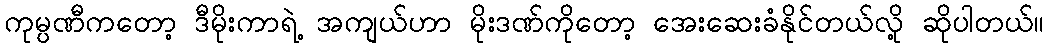
ကုမ္ပဏီကတော့ ဒီမိုးကာရဲ့ အကျယ်ဟာ မိုးဒဏ်ကိုတော့ အေးဆေးခံနိုင်တယ်လို့ ဆိုပါတယ်။